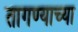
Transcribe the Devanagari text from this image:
तागण्याच्या